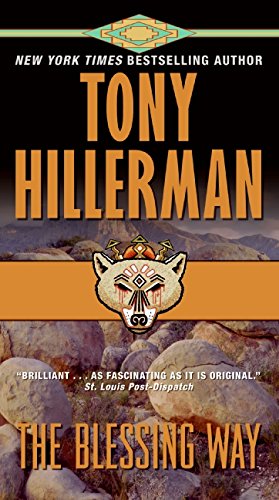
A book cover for The Blessing Way; Tony Hillerman; Literature & Fiction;